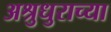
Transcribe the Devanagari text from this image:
अश्रुधुराच्या